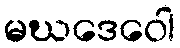
မဃဒေဝေါ